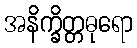
အနိက္ခိတ္တဓုရော